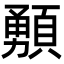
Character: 𩔘